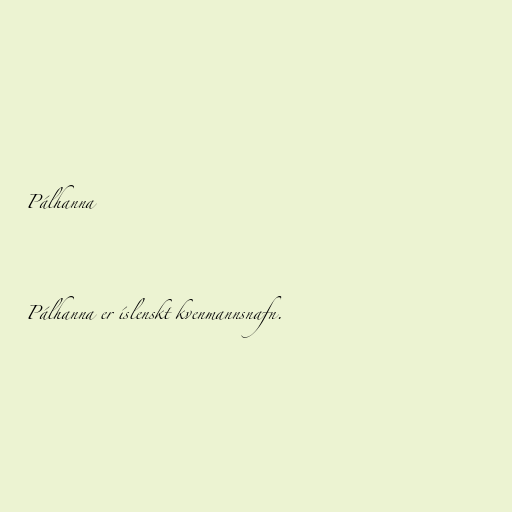
Pálhanna

Pálhanna er íslenskt kvenmannsnafn.